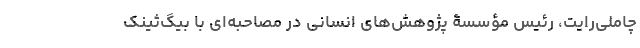
چاملی‌رایت، رئیس مؤسسۀ پژوهش‌های انسانی در مصاحبه‌ای با بیگ‌ثینک